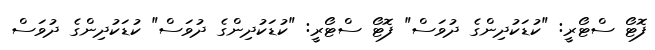
ފޮޓޯ ސްޓޯރީ: "ކުޑަކުދިންގެ ދުވަސް" ފޮޓޯ ސްޓޯރީ: "ކުޑަކުދިންގެ ދުވަސް" ކުޑަކުދިންގެ ދުވަސް